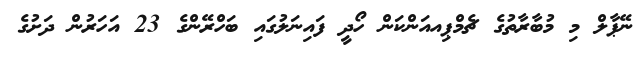
ނޭޕާލް މި މުބާރާތުގެ ޗެމްޕިއއަންކަން ހޯދީ ފައިނަލުގައި ބަހްރޭންގެ 23 އަހަރުން ދަށުގެ